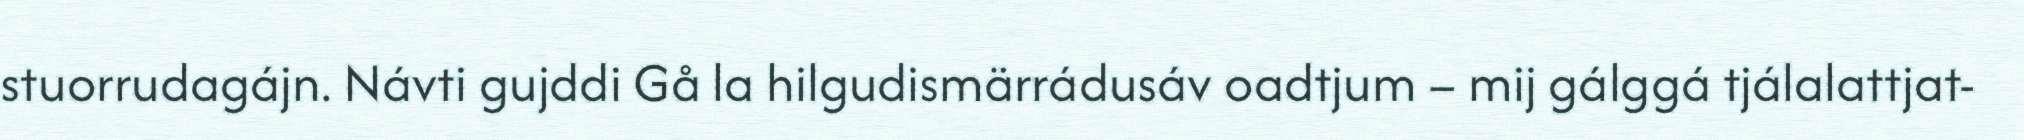
stuorrudagájn. Návti gujddi Gå la hilgudismärrádusáv oadtjum – mij gálggá tjálalattjat-